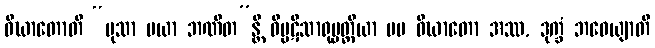
ဝိဃာတောတိ “မုသာ မယာ ဘဏိတ”န္တိ ဝိပ္ပဋိသာရုပ္ပတ္တိယာ မမ ဝိဃာတော အဿ, ဒုက္ခံ ဘဝေယျာတိ